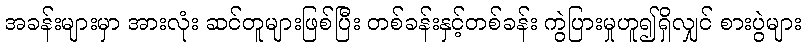
အခန်းများမှာ အားလုံး ဆင်တူများဖြစ်ပြီး တစ်ခန်းနှင့်တစ်ခန်း ကွဲပြားမှုဟူ၍ရှိလျှင် စားပွဲများ